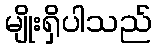
မျိုးရှိပါသည်